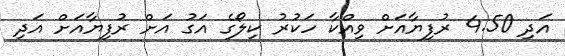
އަދި 4.50 ރުފިޔާއަށް ވިއްކާ ހަކުރު ކިލޯގެ އަގު އަށް ރުފިޔާއަށް އަދި